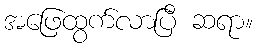
အဖြေထွက်လာပြီ ဆရာ။